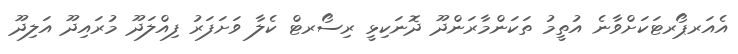
އެއަރޕޯރޓަކަށްވާނެ އުތީމު ތަކަންމާރަންދޫ ދޮނަކިޅީ ރިސޯރޓް ކެލާ ވަށަފަރު ފިއްލަދޫ މުރައިދޫ އަލިދޫ